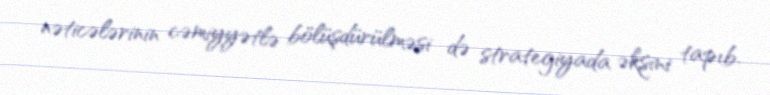
nəticələrinin cəmiyyətlə bölüşdürülməsi də strategiyada əksini tapıb.